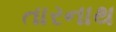
તારનાથ